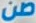
صن